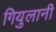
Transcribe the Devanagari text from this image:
गियुलानी